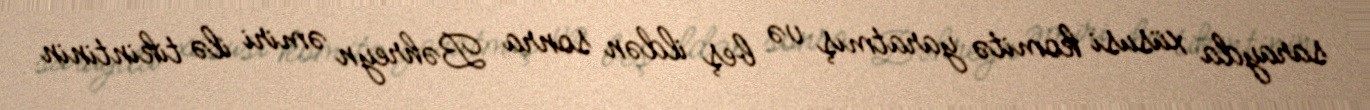
sarayda xüsusi komitə yaratmış və beş ildən sonra Bəhreyn əmiri ilə tikintinin